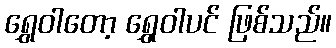
ရွှေဝါတော့ ရွှေဝါပင် ဖြစ်သည်။